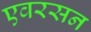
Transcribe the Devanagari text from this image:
एवरसन